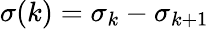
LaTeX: \sigma(k)=\sigma_{k}-\sigma_{k+1}